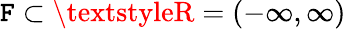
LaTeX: \mathtt{F}\subset\textstyleR=(-\infty,\infty)